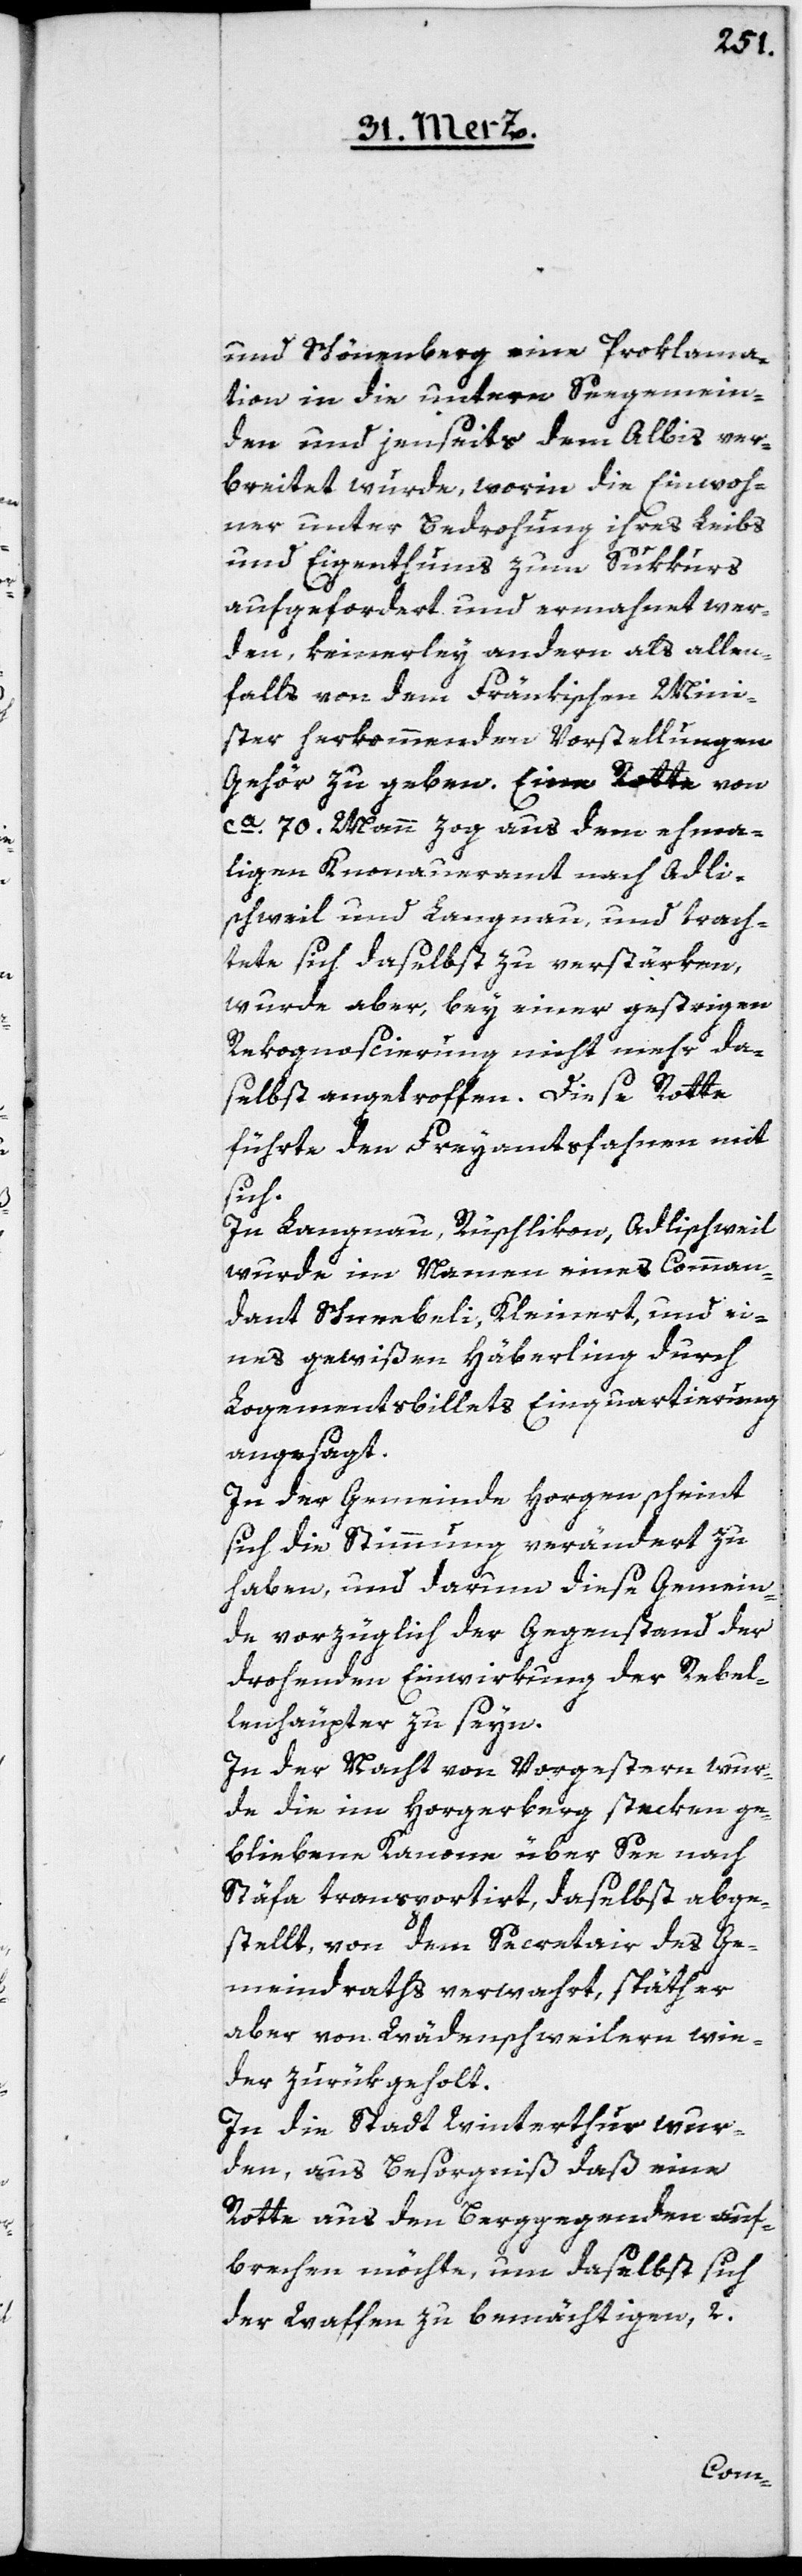
und Schönenberg eine Proklama¬
tion in die unteren Seegemein¬
den und jenseits dem Albis ver¬
breitet wurde, worin die Einwoh¬
ner unter Bedrohung ihres Leibs
und Eigenthums zum Sukkurs
aufgefordert und ermahnet wer¬
den, keinerley andern als allen¬
falls von dem Fränkischen Mini¬
ster herkommenden Vorstellungen
Gehör zu geben. Eine Rotte von
ca. 70. Mann zog aus dem ehema¬
ligen Knonaueramt nach Adli¬
swil und Langnau, und trach¬
tete sich daselbst zu verstärken,
wurde aber, bey einer gestrigen
Rekognoscierung nicht mehr da¬
selbst angetroffen. Diese Rotte
führte den Freyamtsfahnen mit
sich.
In Langnau, Rüschlikon, Adlischweil
wurde im Namen eines Comman¬
dant Schneebeli, Kleinert, und ei¬
nes gewißen Häberling durch
Logementsbillets Einquartierung
angesagt.
In der Gemeinde Horgen scheint
sich die Stimmung verändert zu
haben, und darum diese Gemein¬
de vorzüglich der Gegenstand der
drohenden Einwirkung der Rebel¬
lenhäupter zu seyn.
In der Nacht von Vorgestern wur¬
de die im Horgenberg stecken ge¬
bliebene Kanone über See nach
Stäfa transportirt, daselbst abge¬
stellt, von dem Secretair des Ge¬
meindraths verwahrt, späther
aber von Wädenschweilern wie¬
der zurükgeholt.
In die Stadt Winterthur wur¬
den, aus Besorgniß daß eine
Rotte aus den Berggegenden auf¬
brechen möchte, um daselbst sich
der Waffen zu bemächtigen, 2.